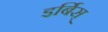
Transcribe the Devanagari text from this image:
इर्बिस्